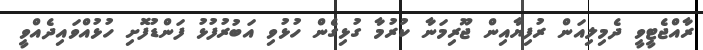
ރާއްޖެޓީވީ ދެމިލިއަން ރުފިޔާއިން ޖޫރިމަނާ ކުރުމާ ގުޅިގެން ހުޅުވި އަބުރުފުޅު ފަންޑުފޮށި ހުޅުއްވައިދެއްވީ